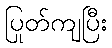
ပြုတ်ကျပြီး